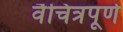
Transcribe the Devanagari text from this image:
वैचित्रपूर्ण